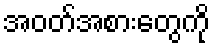
အဝတ်အစားတွေကို